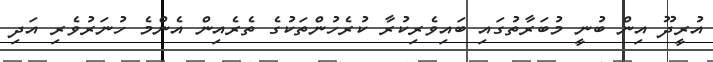
އުރީދޫ އިން ބުނީ މުބަރާތުގައި ބައިވެރިކުރާ ކުރެހުންތަކުގެ ތެރެއިން އެންމެ ހުނަރުވެރި އަދި